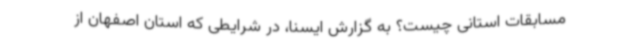
مسابقات استانی چیست؟ به گزارش ایسنا، در شرایطی که استان اصفهان از